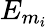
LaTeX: E_{m_{i}}